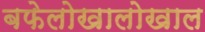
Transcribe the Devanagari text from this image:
बफेलोखालोखाल